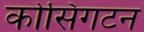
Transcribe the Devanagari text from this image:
कोसिंगटन